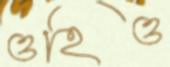
ওহিও